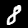
Label: 8